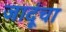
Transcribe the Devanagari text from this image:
जादूंचा